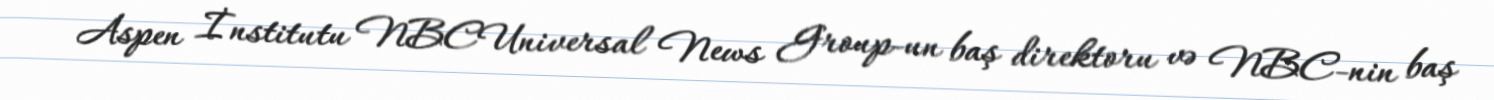
Aspen İnstitutu NBCUniversal News Group-un baş direktoru və NBC-nin baş